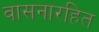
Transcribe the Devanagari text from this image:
वासनारहित